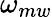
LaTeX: \omega_{mw}